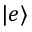
| e \rangle